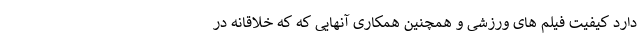
دارد کیفیت فیلم های ورزشی و همچنین همکاری آنهایی که که خلاقانه در